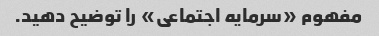
مفهوم «سرمایه اجتماعی» را توضیح دهید.